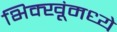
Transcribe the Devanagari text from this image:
भिक्खूंमध्ये